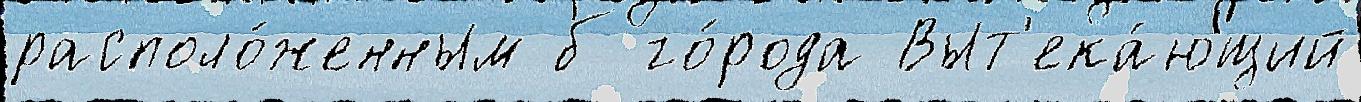
располо́женным б го́рода Выт'ека́ющий